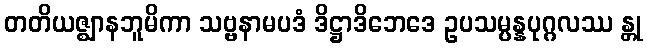
တတိယဇ္ဈာနဘူမိကာ သဗ္ဗနာမပဒံ ဒိဋ္ဌာဒိဘေဒေ ဥပသမ္ပန္နပုဂ္ဂလဿ န္တု